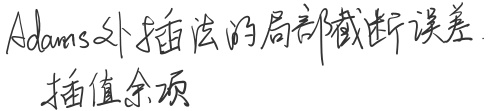
Adams外插法的局部截断误差插值余项